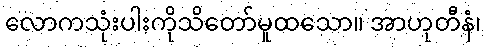
လောကသုံးပါးကိုသိတော်မူထသော။ အာဟုတီနံ၊